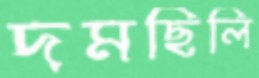
দমছিলি